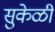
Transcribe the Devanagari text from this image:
सुकेळी